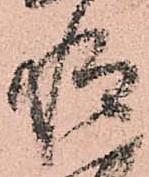
惶